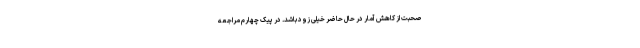
صحبت از کاهش آمار در حال حاضر خیلی زود باشد. در پیک چهارم مراجعه